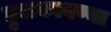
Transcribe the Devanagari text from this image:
हुलकावण्या